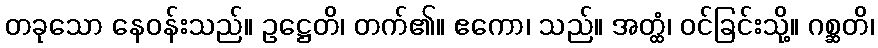
တခုသော နေဝန်းသည်။ ဥဋ္ဌေတိ၊ တက်၏။ ဧကော၊ သည်။ အတ္ထံ၊ ဝင်ခြင်းသို့။ ဂစ္ဆတိ၊